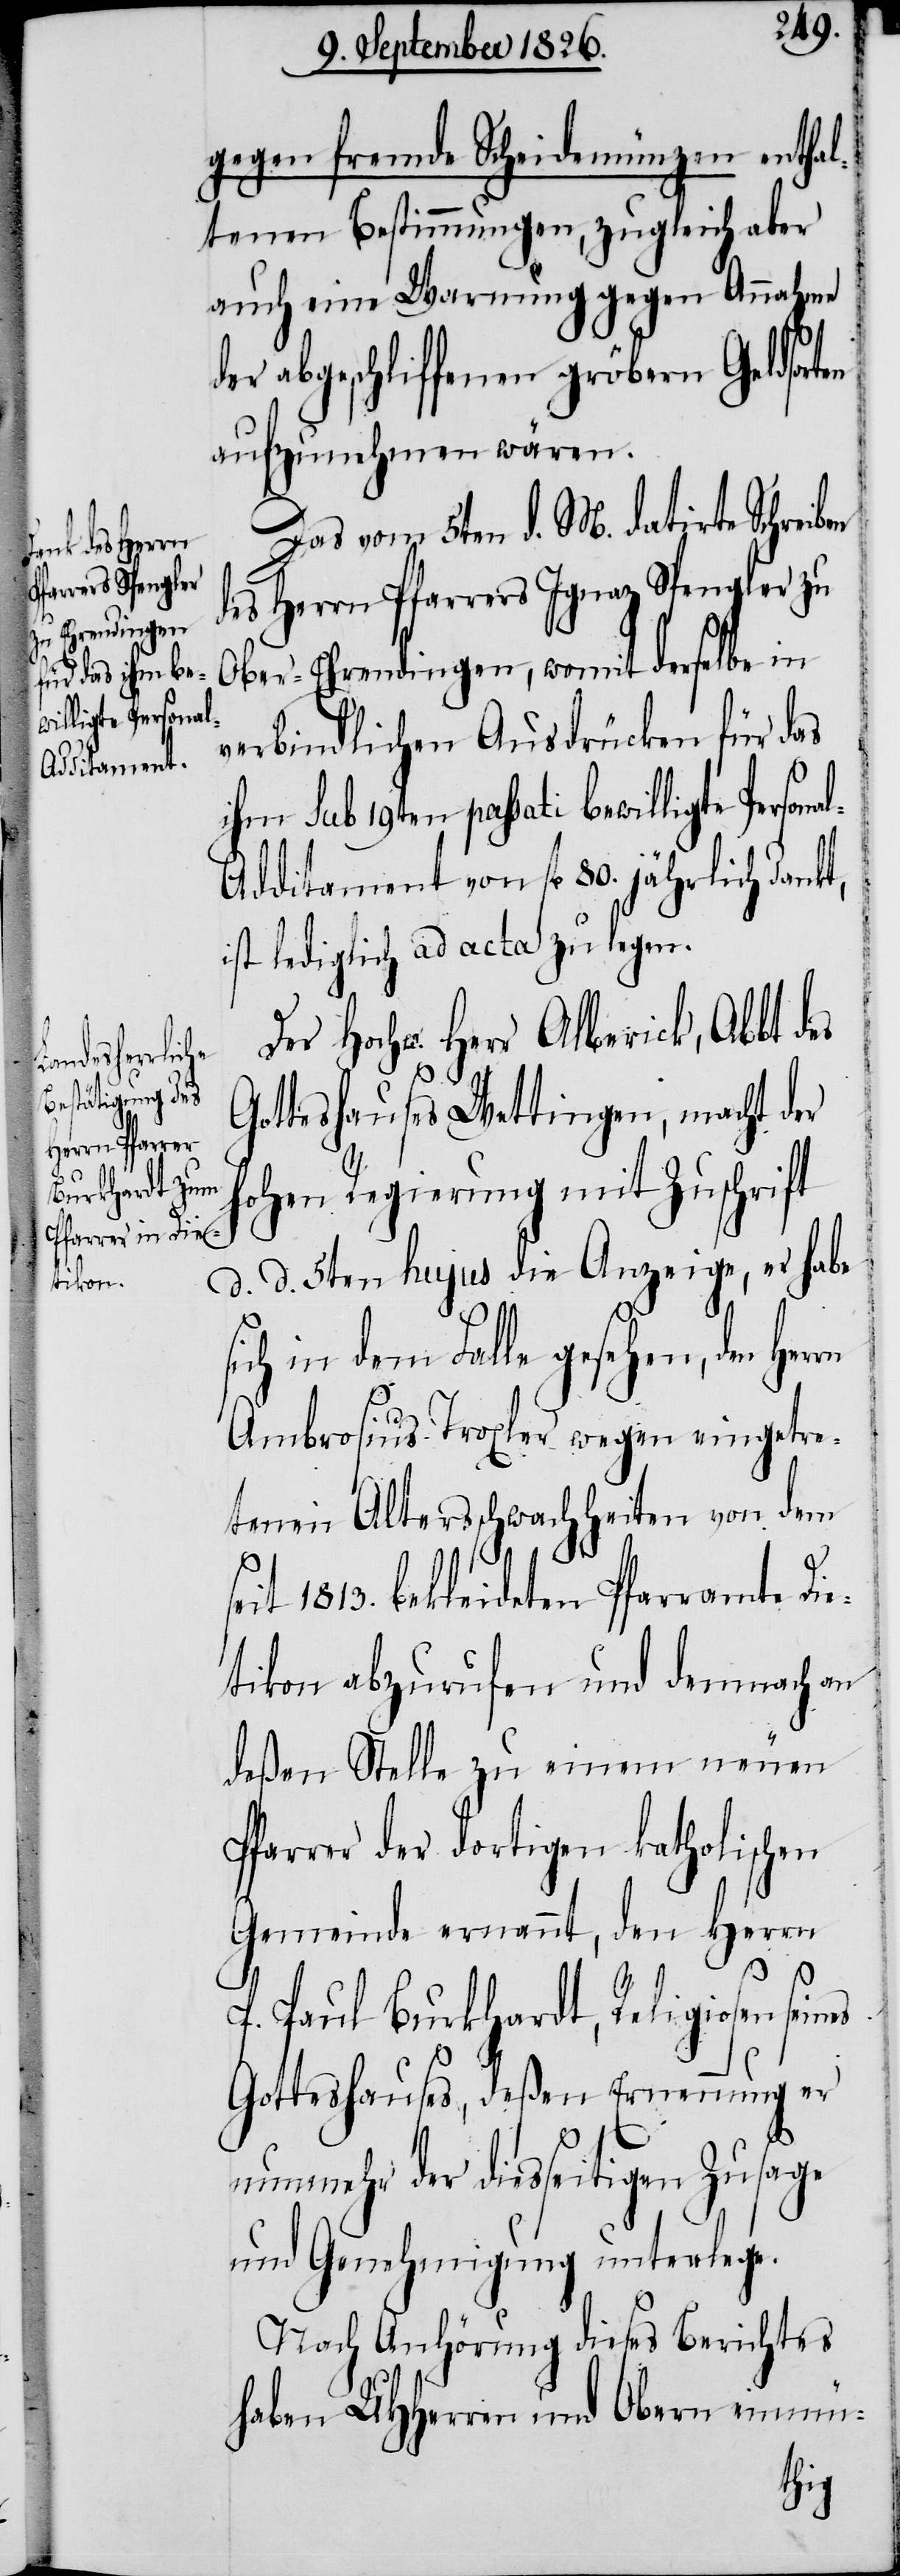
willigte Persona¬

gegen fremde Scheidemünzen enthal¬
tenen Bestimmungen, zugleich aber
auch eine Warnung gegen Annahme
der abgeschliffenen gröbern Geldsor¬
aufzunehmen wären.
Das vom 5ten d. M. datirte Schreiben
des Herrn Pfarrers Ignaz Spengler zu
Ober-Ehrendingen, womit derselbe in
verbindlichen Ausdrücken für das
ihm sub 19ten passati be¬
l-Additament von fl. 80. jährlich dankt,
ist lediglich ad acta zu legen.
Der Hochw. Herr Alberick, Abbt des
Gotteshauses Wettingen, macht der
hohen Regierung mit Zuschrift
d. d. 5ten hujus die Anzeige, er habe
sich in dem Falle gesehen, den
Ambrosius Troxler wegen eingetre¬
tenen Altersschwachheiten von dem
seit 1813. bekleideten Pfarramte Die¬
tikon abzurufen und demnach an
deßen Stelle zu einem neuen
Pfarrer der dortigen katholischen
Gemeinde ernannt, den Herrn
P. Paul Burkhardt, Religiosen sei¬
Gotteshauses, deßen Ernennung er
nunmehr der diesseitigen Zusage
und Genehmigung unterlege.
Nach Anhörung dieses Berichtes
haben MHHerren und Obern einmü-
nes